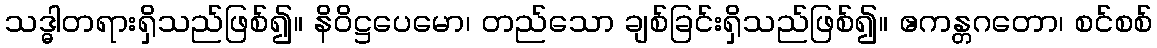
သဒ္ဓါတရားရှိသည်ဖြစ်၍။ နိဝိဋ္ဌပေမော၊ တည်သော ချစ်ခြင်းရှိသည်ဖြစ်၍။ ဧကန္တဂတော၊ စင်စစ်